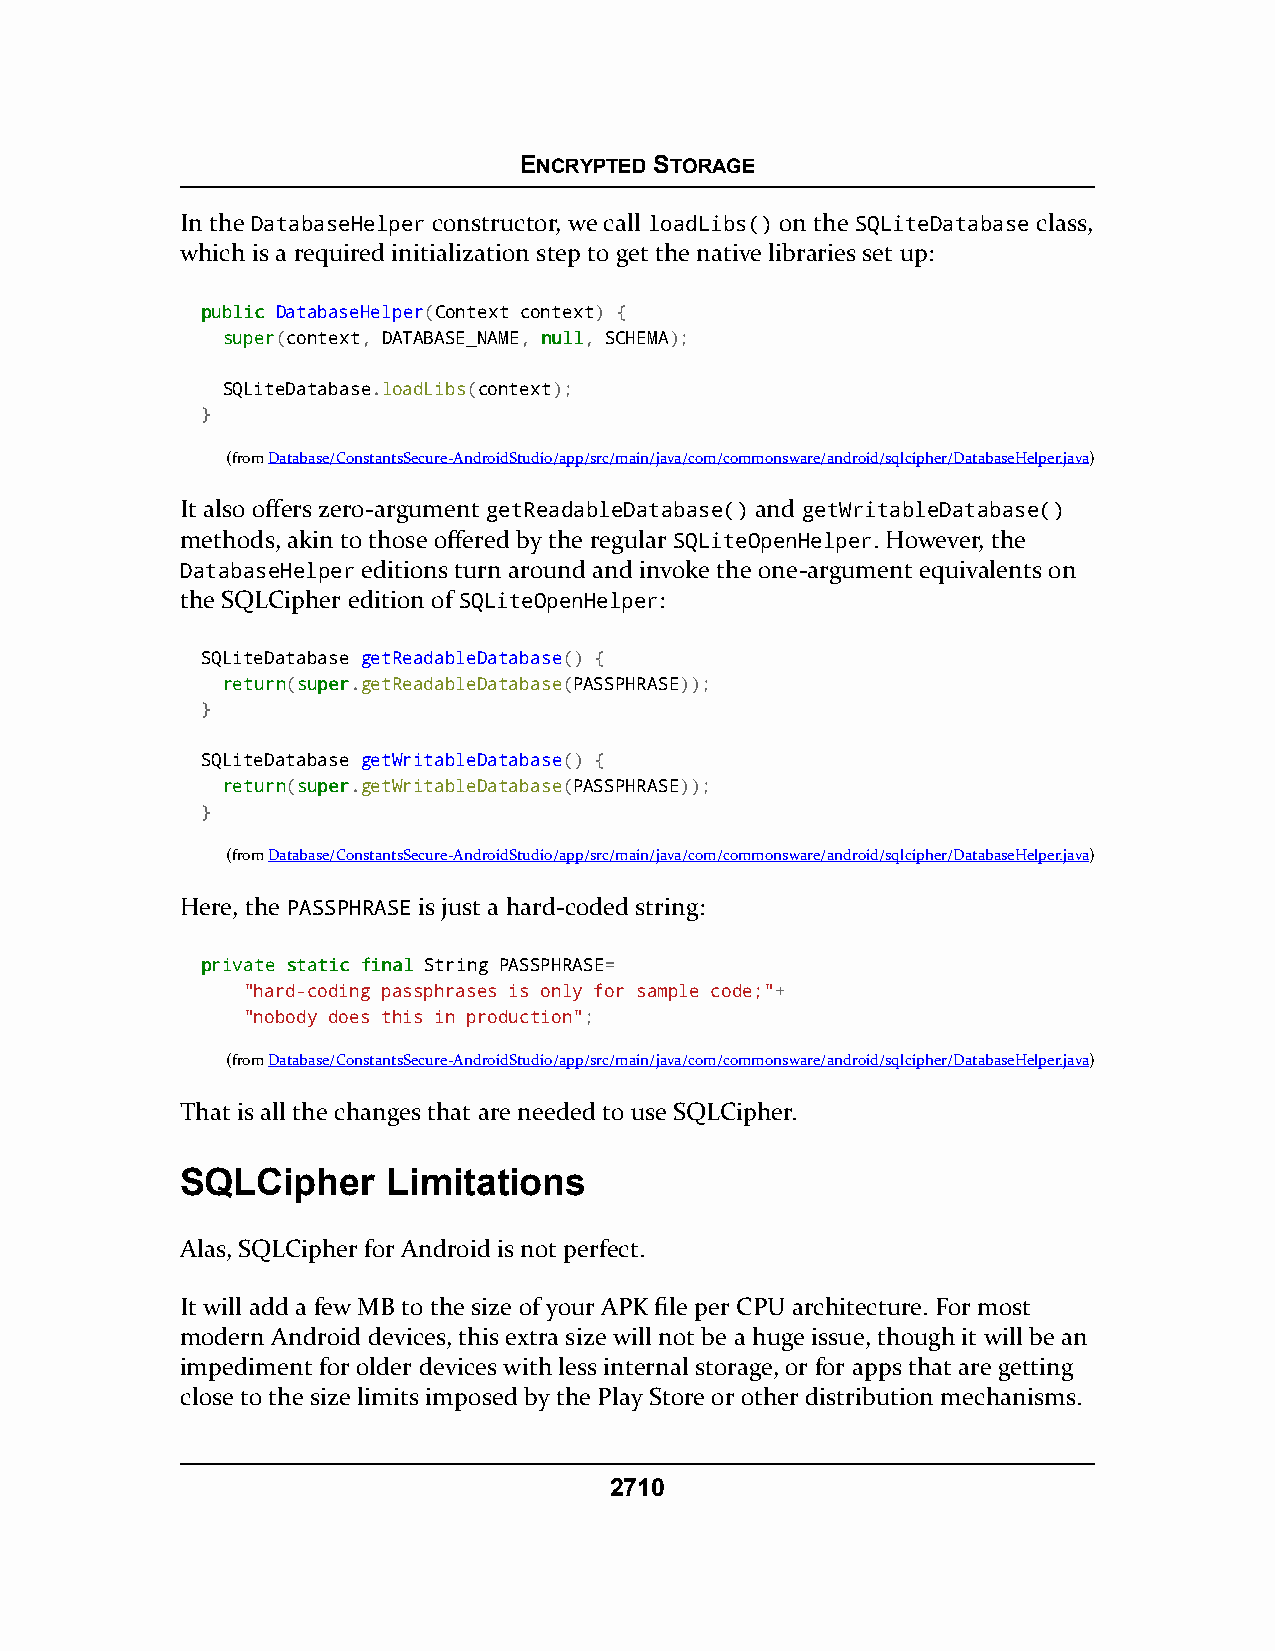
ENCRYPTED STORAGE
 In the DatabaseHelper constructor, we call loadLibs() on the SQLiteDatabase class,
 which is a required initialization step to get the native libraries set up:
 ppuubblliicc DatabaseHelper(Context context) {
 ssuuppeerr(context, DATABASE_NAME, nnuullll, SCHEMA);
 SQLiteDatabase.loadLibs(context);
 }
 (fromDatabase/ConstantsSecure-AndroidStudio/app/src/main/java/com/commonsware/android/sqlcipher/DatabaseHelper.java)
 It also offers zero-argument getReadableDatabase() and getWritableDatabase()
 methods, akin to those offered by the regular SQLiteOpenHelper. However, the
 DatabaseHelper editions turn around and invoke the one-argument equivalents on
 the SQLCipher edition of SQLiteOpenHelper:
 SQLiteDatabase getReadableDatabase() {
 rreettuurrnn(ssuuppeerr.getReadableDatabase(PASSPHRASE));
 }
 SQLiteDatabase getWritableDatabase() {
 rreettuurrnn(ssuuppeerr.getWritableDatabase(PASSPHRASE));
 }
 (fromDatabase/ConstantsSecure-AndroidStudio/app/src/main/java/com/commonsware/android/sqlcipher/DatabaseHelper.java)
 Here, the PASSPHRASE is just a hard-coded string:
 pprriivvaattee ssttaattiicc ffiinnaall String PASSPHRASE=
 "hard-coding passphrases is only for sample code;"+
 "nobody does this in production";
 (fromDatabase/ConstantsSecure-AndroidStudio/app/src/main/java/com/commonsware/android/sqlcipher/DatabaseHelper.java)
 That is all the changes that are needed to use SQLCipher.
 SQLCipher     Limitations
 Alas, SQLCipher for Android is not perfect.
 It will add a few MB to the size of your APK file per CPU architecture. For most
 modern Android devices, this extra size will not be a huge issue, though it will be an
 impediment for older devices with less internal storage, or for apps that are getting
 close to the size limits imposed by the Play Store or other distribution mechanisms.
 2710